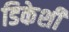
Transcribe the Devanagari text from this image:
डिकेशी